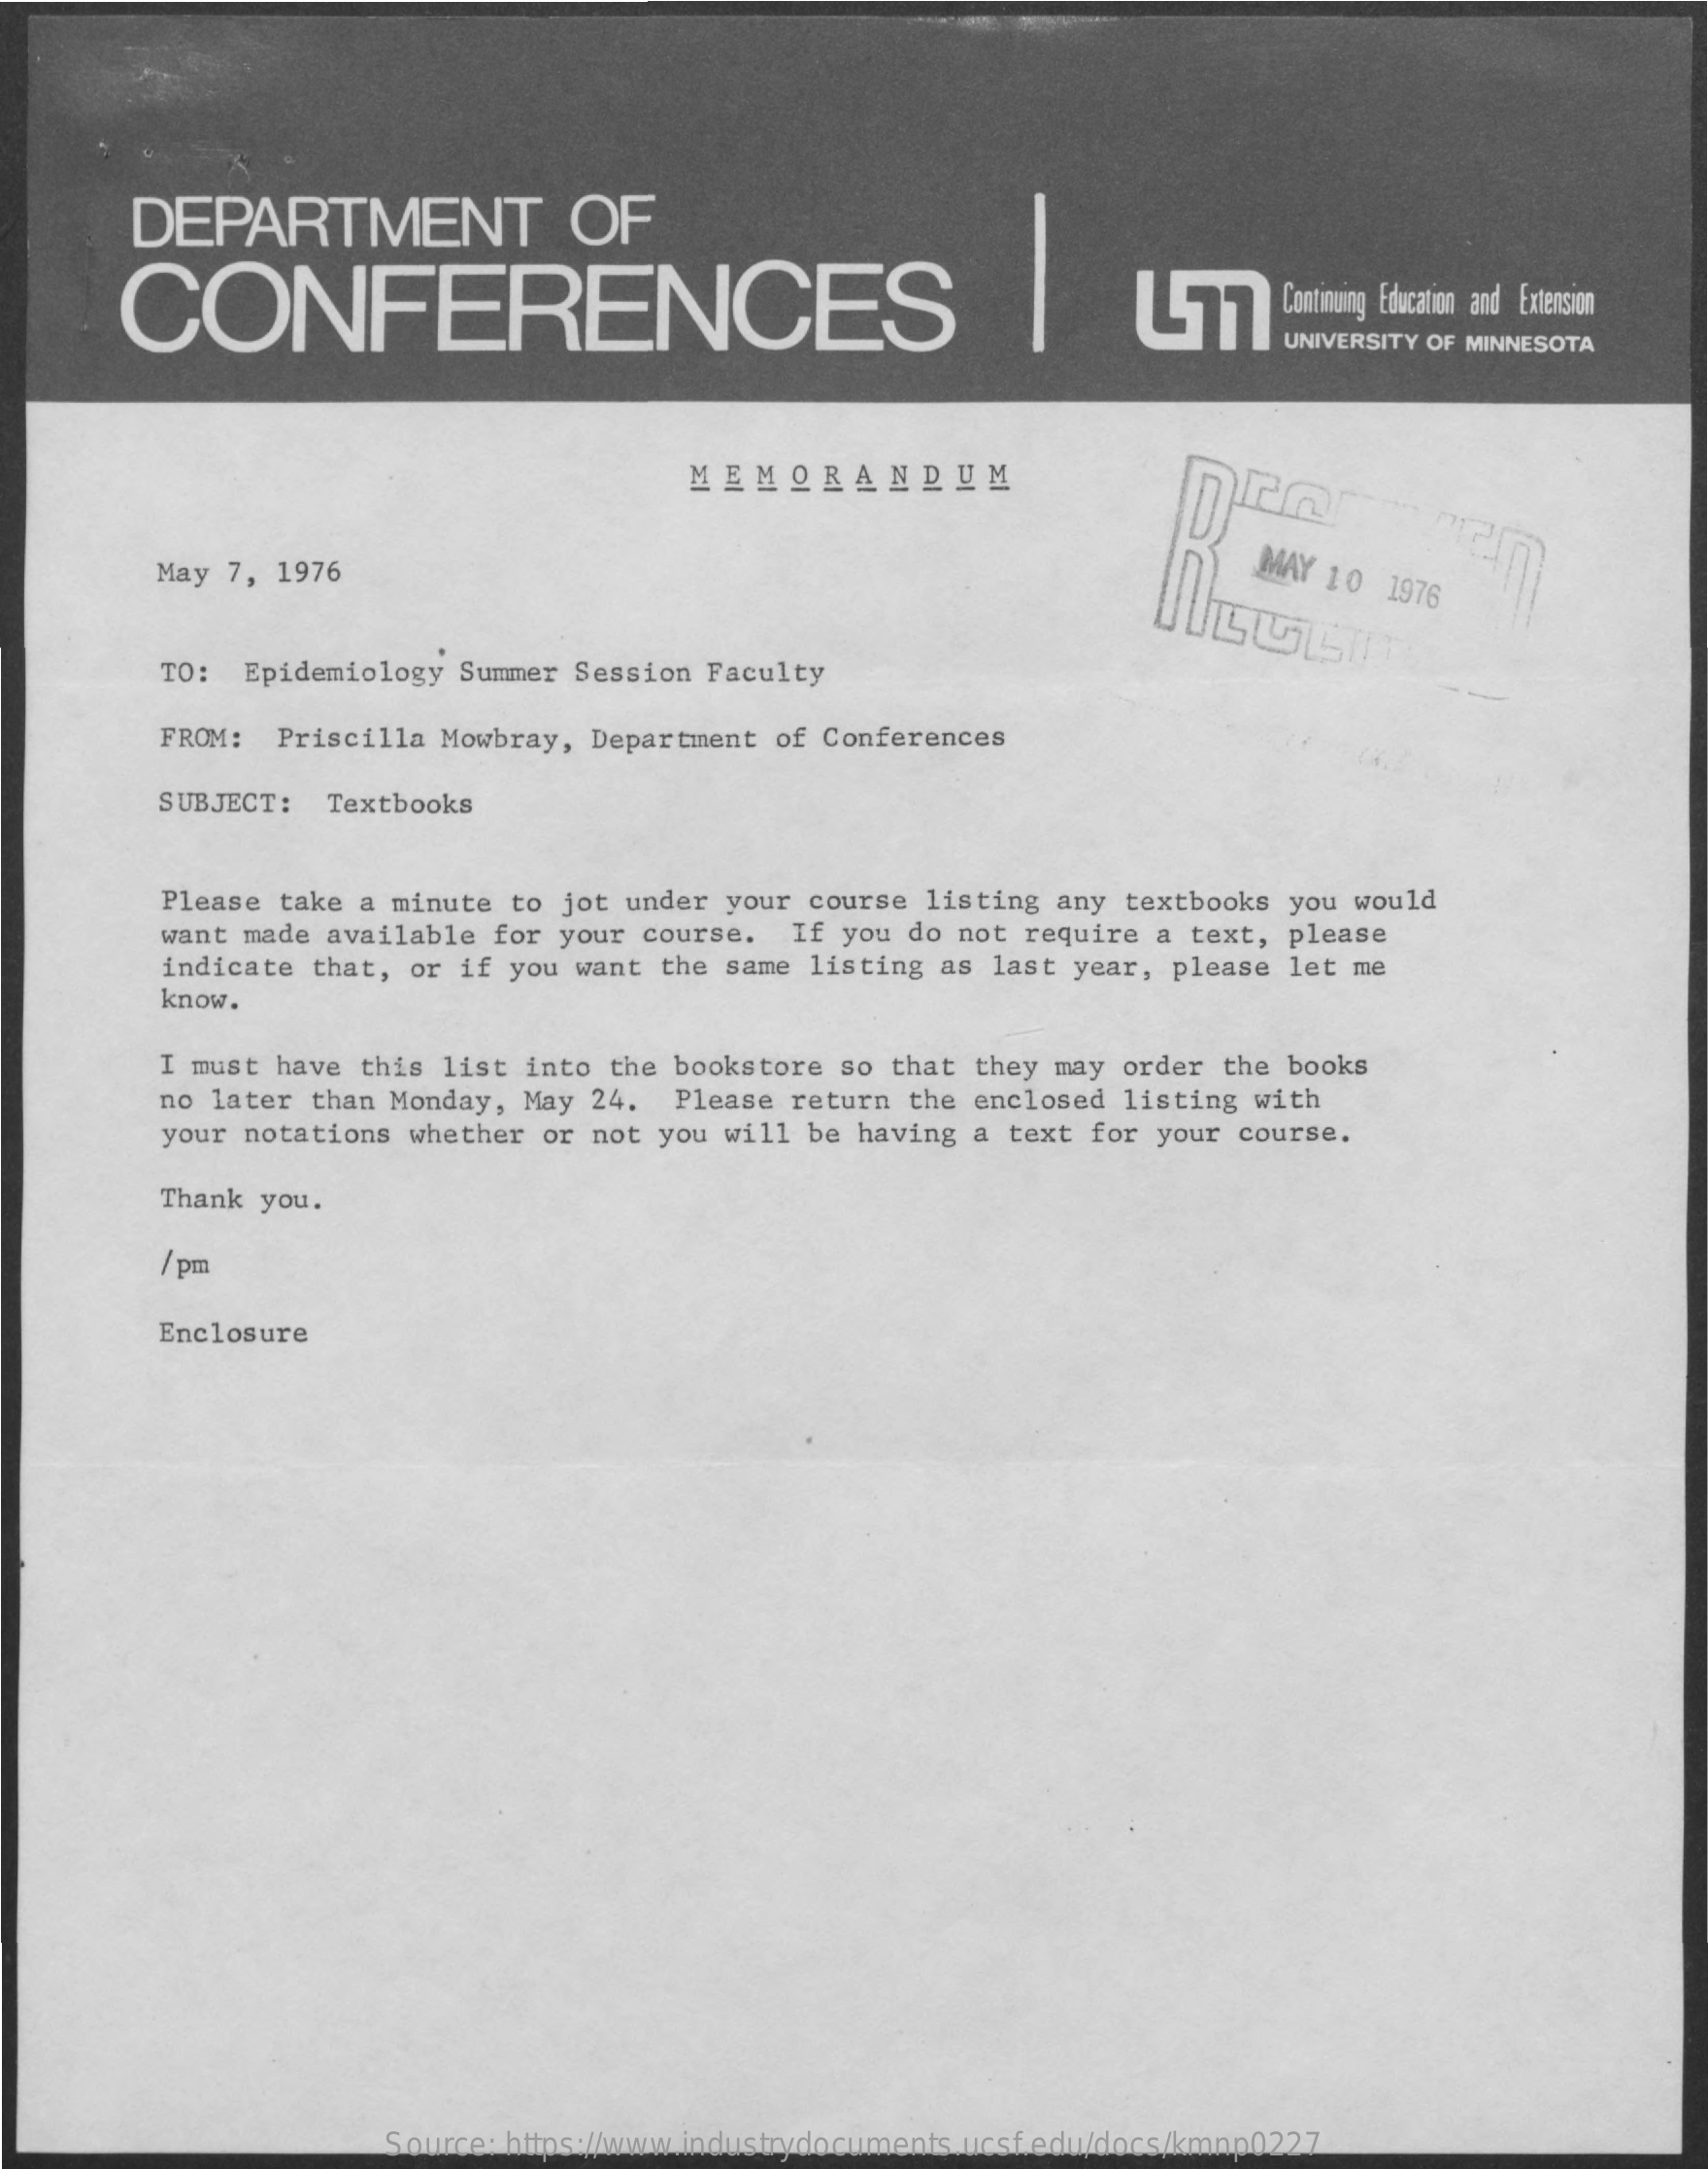
DEPARTMENT    OF
     CONFERENCES    477    Continuing Education and Extension
     UNIVERSITY OF MINNESOTA
     MEMORANDUM
     May 7, 1976    MAY 10 1976
     TO: Epidemiology Summer Session Faculty
     FROM: Priscilla Mowbray, Department of Conferences
     SUBJECT: Textbooks
     Please take a minute to jot under your course listing any textbooks you would
     want made available for your course. If you do not require a text, please
     indicate that, or if you want the same listing as last year, please let me
     know.
     I must have this list into the bookstore so that they may order the books
     no later than Monday, May 24. Please return the enclosed listing with
     your notations whether or not you will be having a text for your course.
     Thank you.
     / pm
     Enclosure
     Source: https://www.industrydocuments.ucsf.edu/docs/kmnp0227